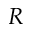
{ \cal R }